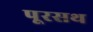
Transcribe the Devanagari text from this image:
पूरसथ